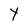
Character: Y